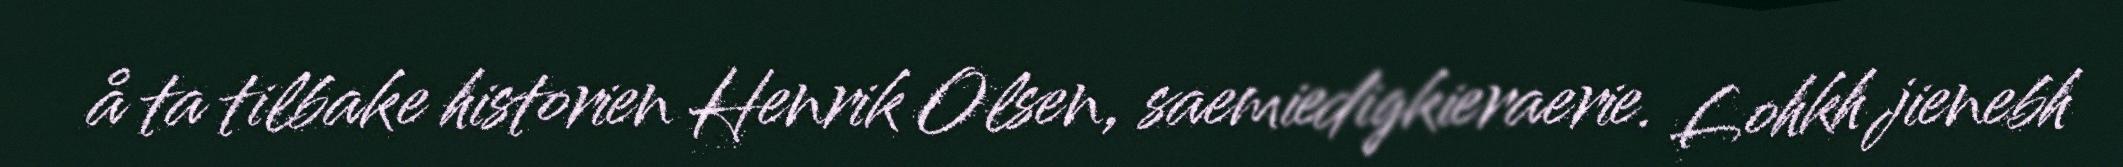
å ta tilbake historien Henrik Olsen, saemiedigkieraerie. Lohkh jienebh